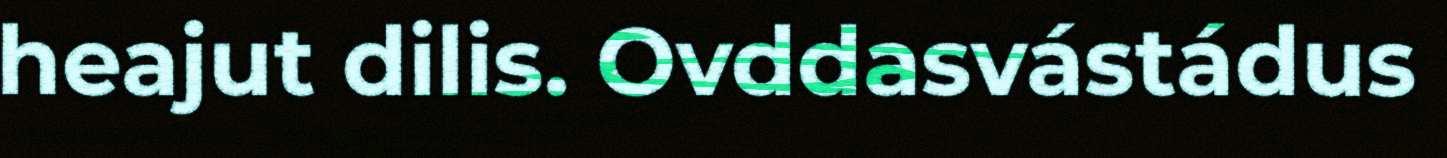
heajut dilis. Ovddasvástádus